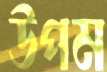
উপম